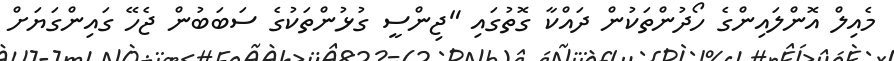
މެއިލް އޮންލައިންގެ ހޯދުންތަކުން ދައްކާ ގޮތުގައި "ޖިންސީ ގުޅުންތަކުގެ ސަބަބުން ޖެހޭ ގައިންގަޔަށް